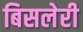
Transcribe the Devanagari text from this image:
बिसलेरी